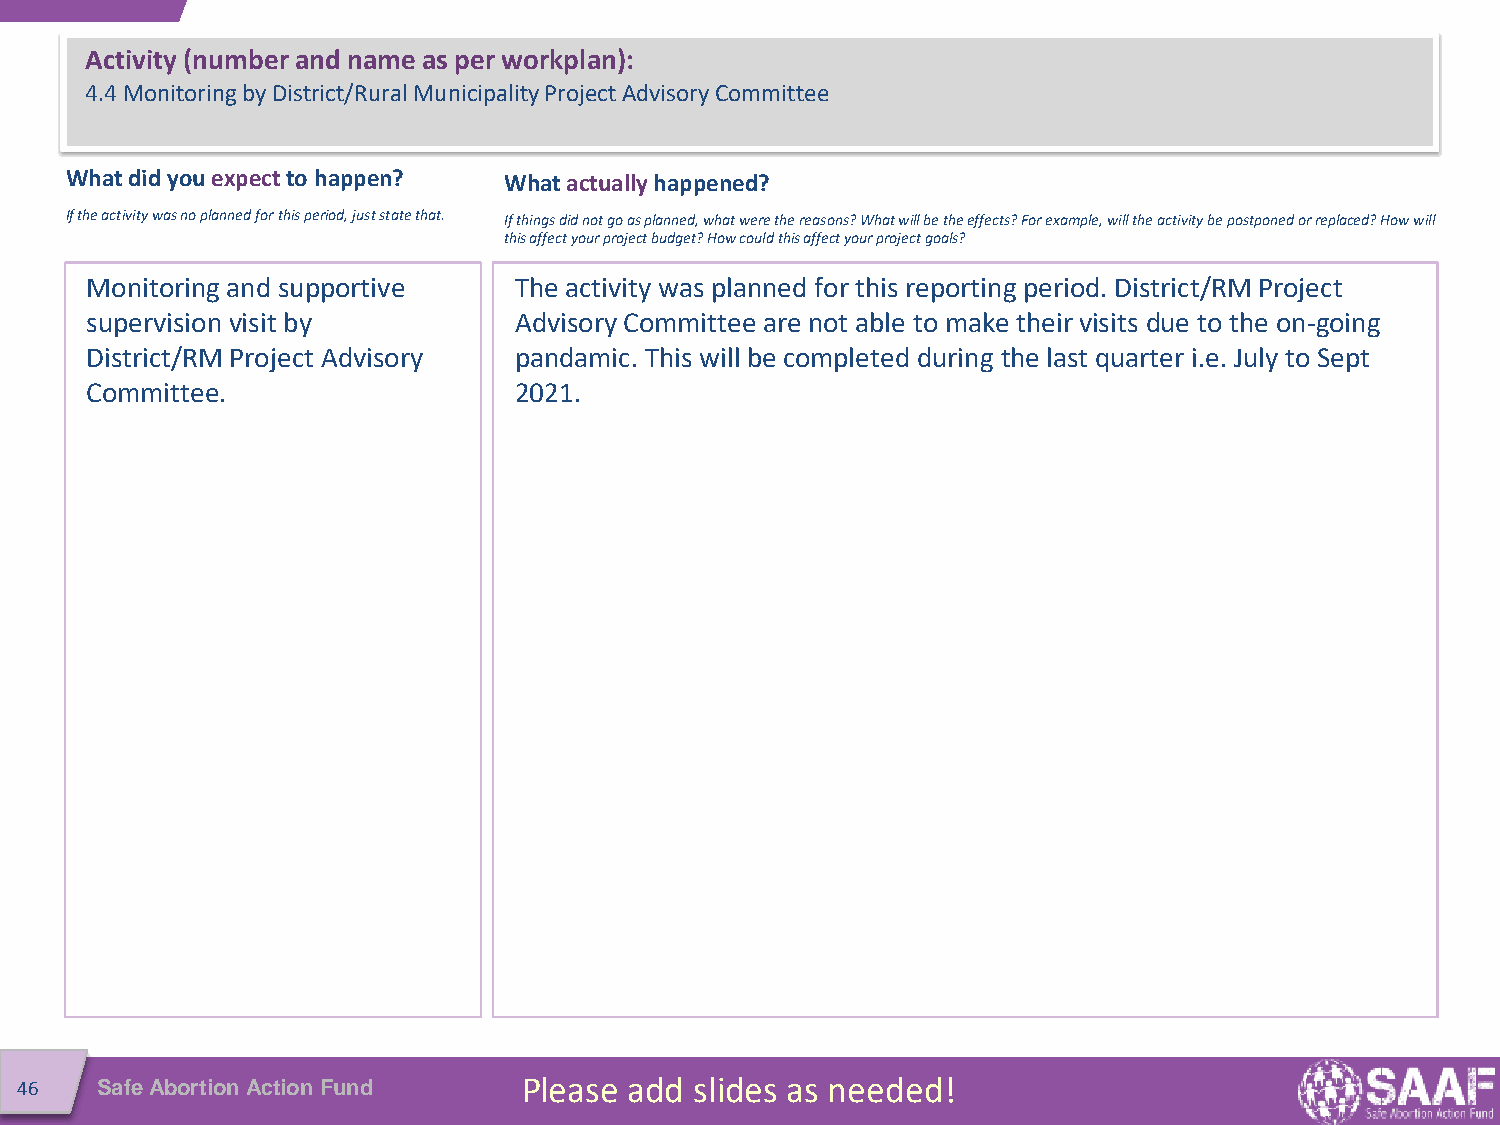
Activity (number and name as per workplan):
 4.4 Monitoring by District/Rural Municipality Project Advisory Committee
 What did youexpect to happen? What actually happened?
 If the activity was no planned for this period, just state that. If things did not go as planned, what were the reasons? What will be the effects? For example, will the activity be postponedorreplaced? How will
 this affect your project budget? How could this affect your project goals?
 Monitoring and supportive   The activity was planned for this reporting period. District/RM Project
 supervision visit by        AdvisoryCommittee are not able to make their visits due to the on-going
 District/RM Project Advisory pandamic. This will be completed during the last quarter i.e. July to Sept
 Committee.                  2021.
 46   Safe Abortion Action Fund    Please add slides as needed!